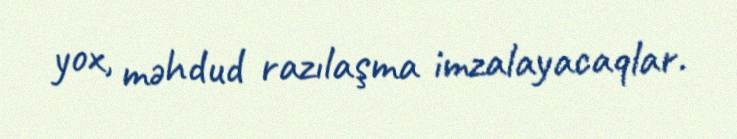
yox, məhdud razılaşma imzalayacaqlar.